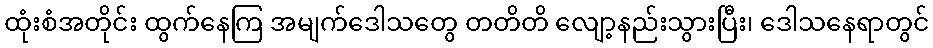
ထုံးစံအတိုင်း ထွက်နေကြ အမျက်ဒေါသတွေ တတိတိ လျော့နည်းသွားပြီး၊ ဒေါသနေရာတွင်